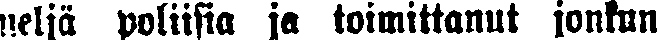
neljä poliisia ja toimittanut jonkun